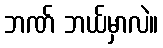
ဘဏ် ဘယ်မှာလဲ။